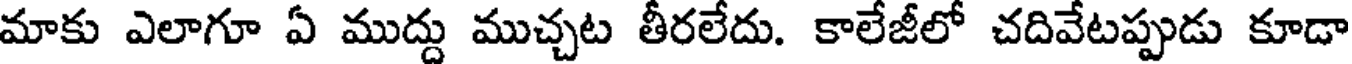
మాకు ఎలాగూ ఏ ముద్దు ముచ్చట తీరలేదు. కాలేజీలో చదివేటప్పుడు కూడా